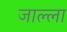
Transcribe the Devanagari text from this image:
जाल्ला